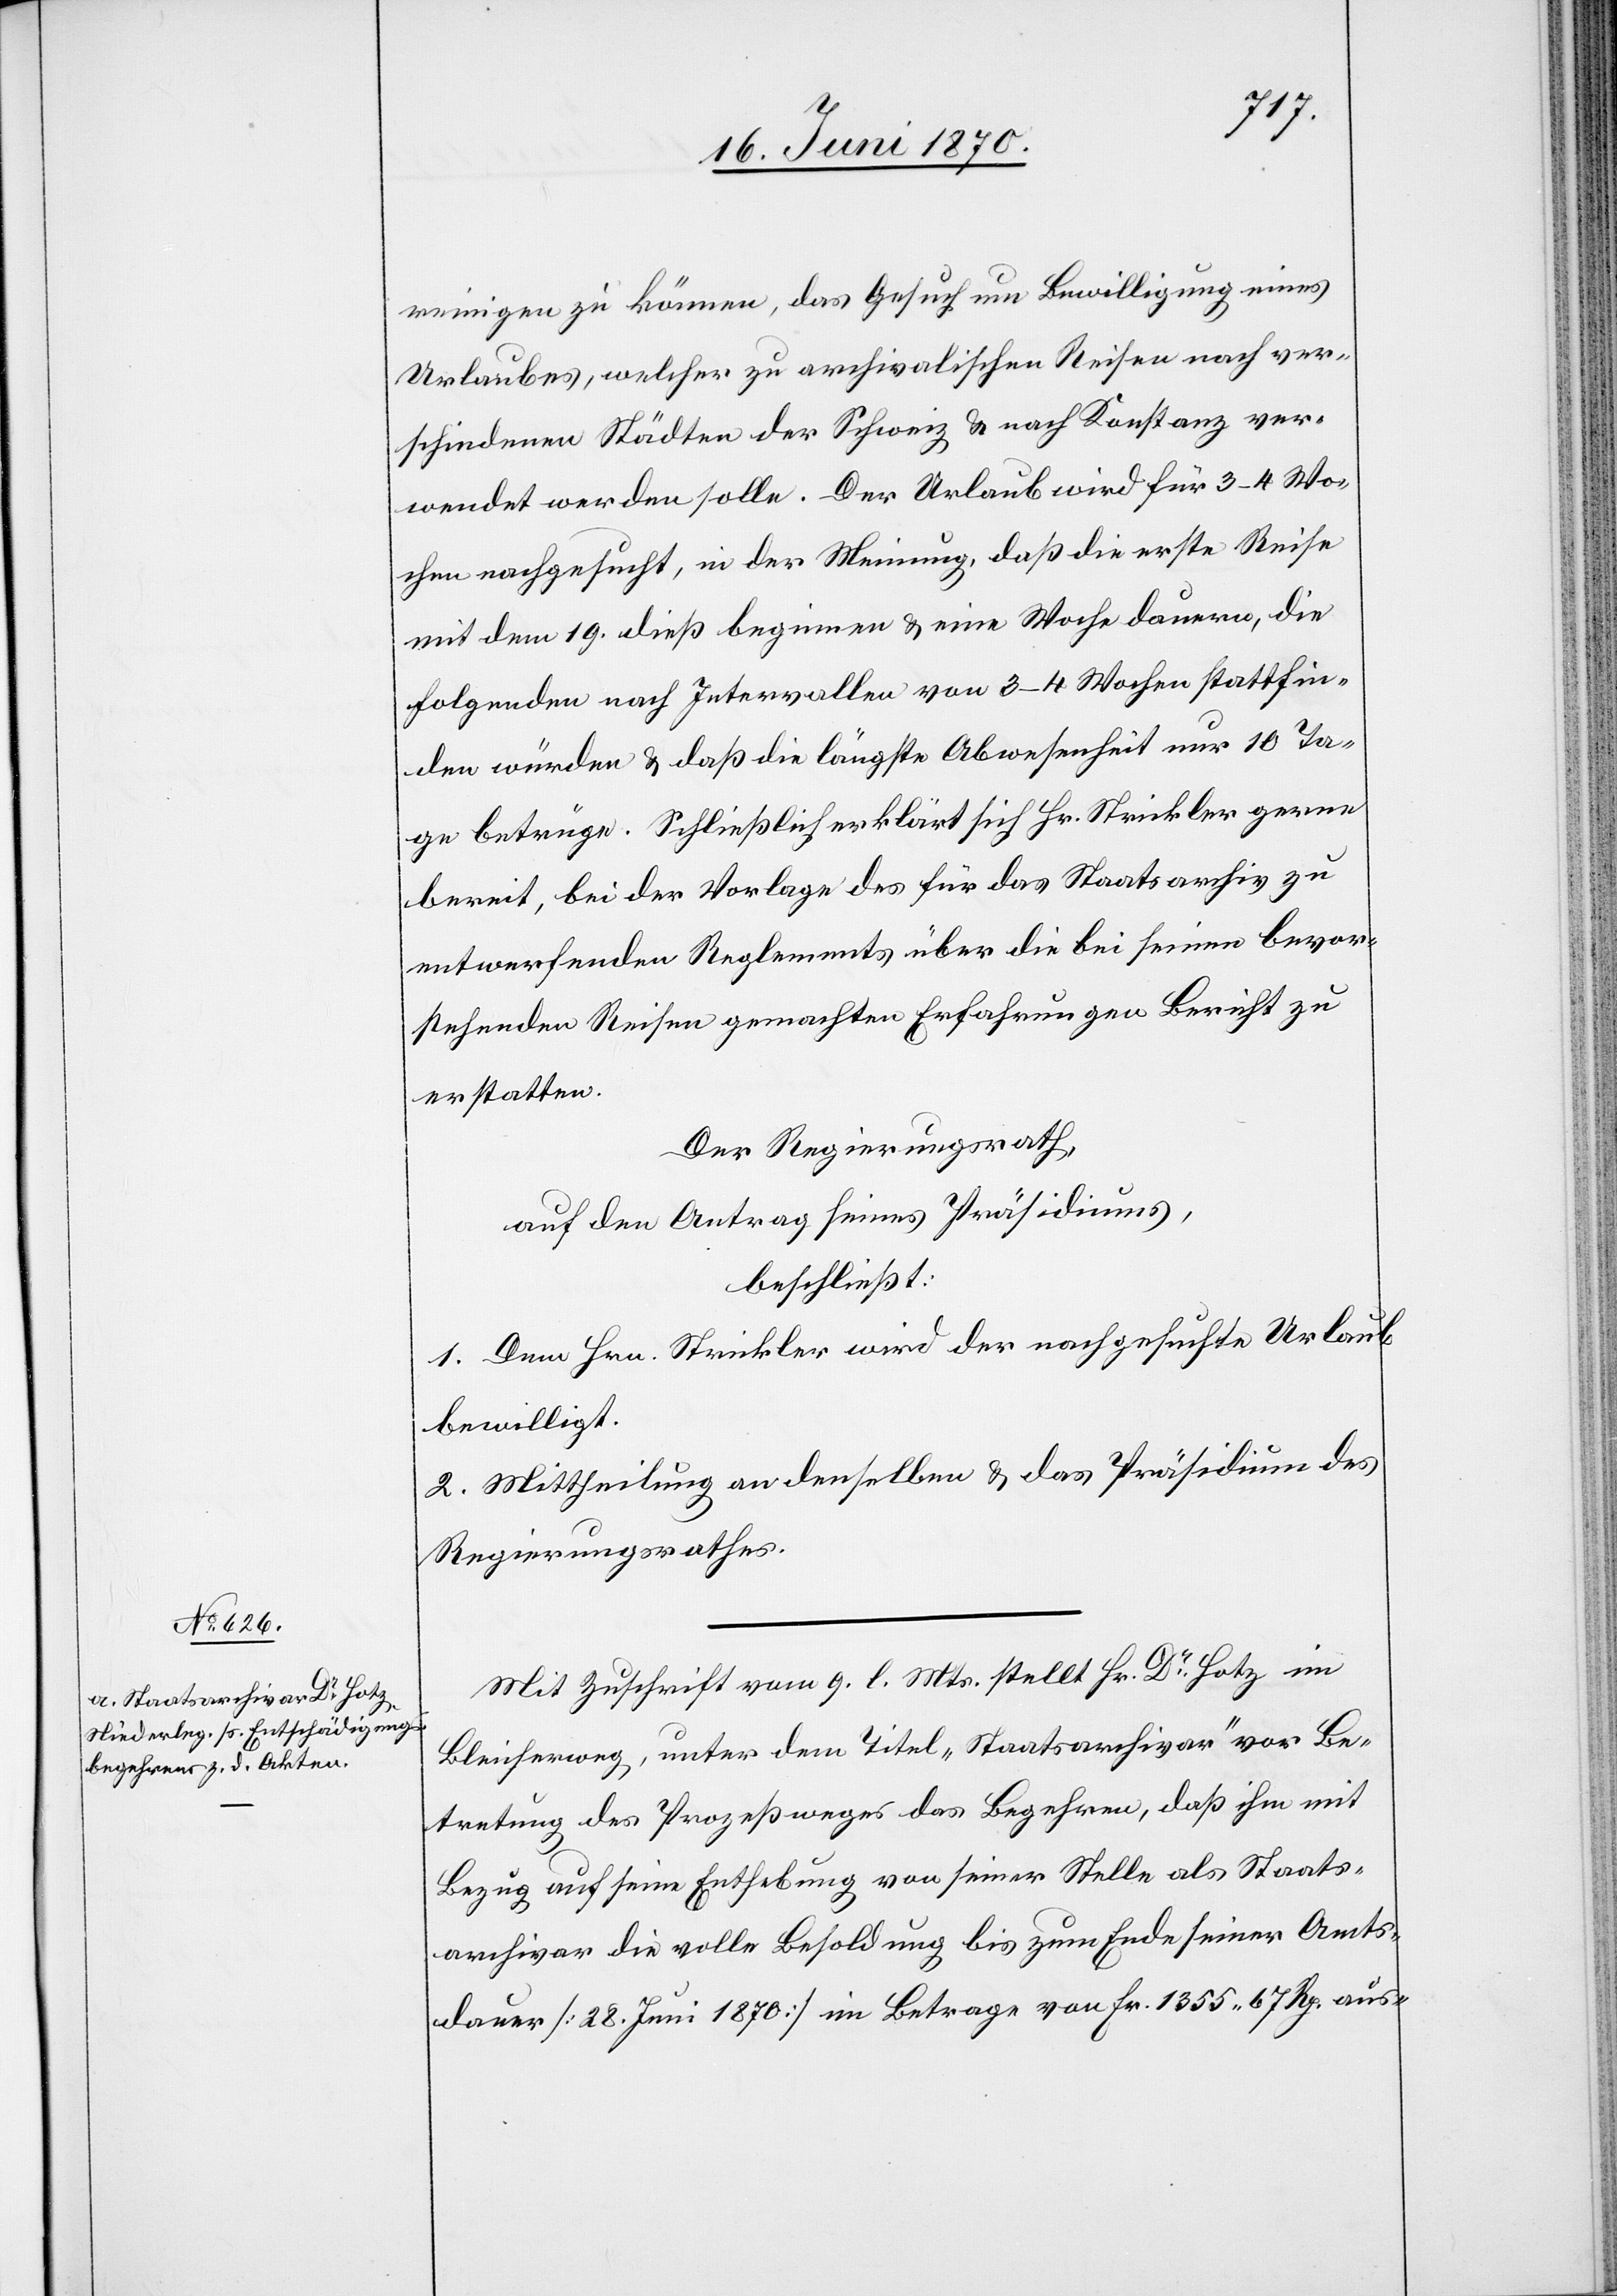
reinigen zu können, das Gesuch um Bewilligung eines
Urlaubes, welcher zu archivalischen Reisen nach ver¬
schiedenen Städten der Schweiz & nach Konstanz ver¬
wendet werden solle. Der Urlaub wird für 3–4 Wo¬
chen nachgesucht, in der Meinung, daß die erste Reise
mit dem 19. dieß beginnen & eine Woche dauern, die
folgenden nach Intervallen von 3–4 Wochen stattfin¬
den würden & daß die längste Abwesenheit nur 10 Ta¬
ge betrüge. Schließlich erklärt sich Hr. Strickler gerne
bereit, bei der Vorlage des für das Staatsarchiv zu
entwerfenden Reglements über die bei seinen bevor¬
stehenden Reisen gemachten Erfahrungen Bericht zu
erstatten.
Der Regierungsrath,
auf den Antrag seines Präsidiums,
beschließt:
1. Dem Hrn. Strickler wird der nachgesuchte Urlaub
bewilligt.
2. Mittheilung an denselben & an das Präsidium des
Regierungsrathes.
Mit Zuschrift vom 9. l. Mts. stellt Hr. Dr Hotz im
Bleicherweg, unter dem Titel „Staatsarchivar“ vor Be¬
tretung des Prozeßweges das Begehren, daß ihm mit
Bezug auf seine Enthebung von seiner Stelle als Staats¬
archivar die volle Besoldung bis zum Ende seiner Amts¬
dauer [28. Juni 1870] im Betrage von Fr. 1355. 67 Rp. aus-